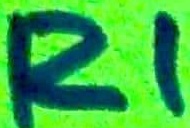
Text: R1